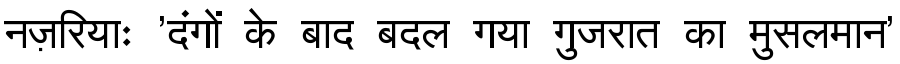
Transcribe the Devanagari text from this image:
नज़रियाः 'दंगों के बाद बदल गया गुजरात का मुसलमान'